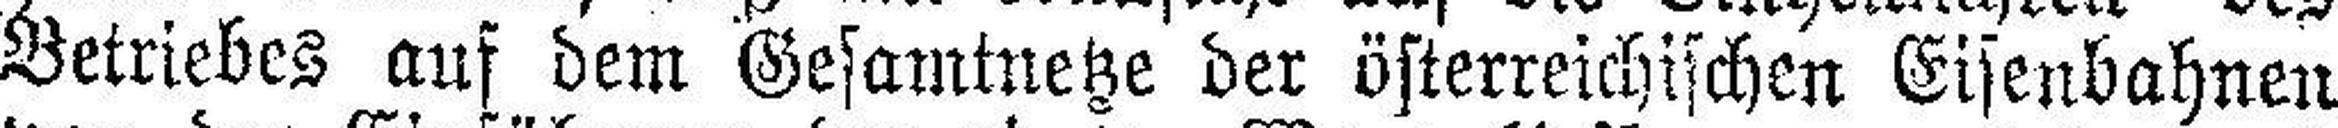
Betriebes auf dem Gesamtnetze der österreichischen Eisenbahnen